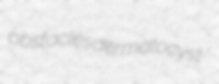
obstacles dermatocyst